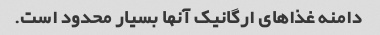
دامنه غذاهای ارگانیک آنها بسیار محدود است.